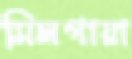
মিলগায়া